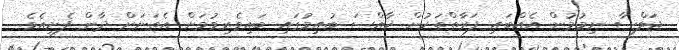
ޖަލްސާ ނިމުމުން އެއްބައި ފަރާތްތަކުން ޚާއްސަ ބުއިމުގައި ބައިވެރިވުމަށް އެތަނަށް ދާން ފެށިއެވެ.